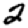
Digit: 2